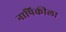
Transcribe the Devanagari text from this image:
नापिकीला